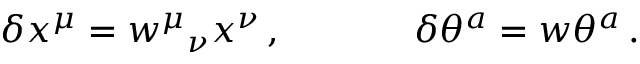
\begin{array} { c c } { { \delta x ^ { \mu } = w ^ { \mu } { } _ { \nu } x ^ { \nu } \, , ~ ~ ~ ~ } } & { { ~ ~ ~ ~ \delta \theta ^ { a } = w \theta ^ { a } \, . } } \end{array}